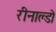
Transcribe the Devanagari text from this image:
रीनाल्डो